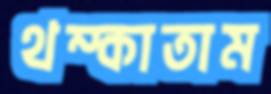
থম্‌কাতাম